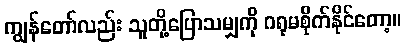
ကျွန်တော်လည်း သူတို့ပြောသမျှကို ဂရုမစိုက်နိုင်တော့။